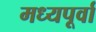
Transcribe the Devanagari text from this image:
मध्यपूर्वा